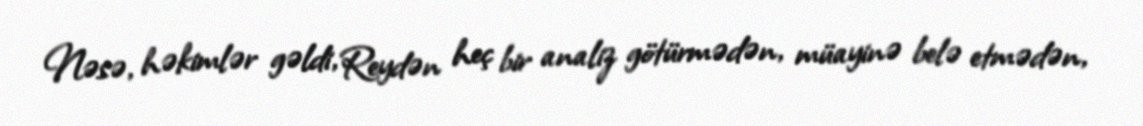
Nəsə, həkimlər gəldi, Reydən heç bir analiz götürmədən, müayinə belə etmədən,